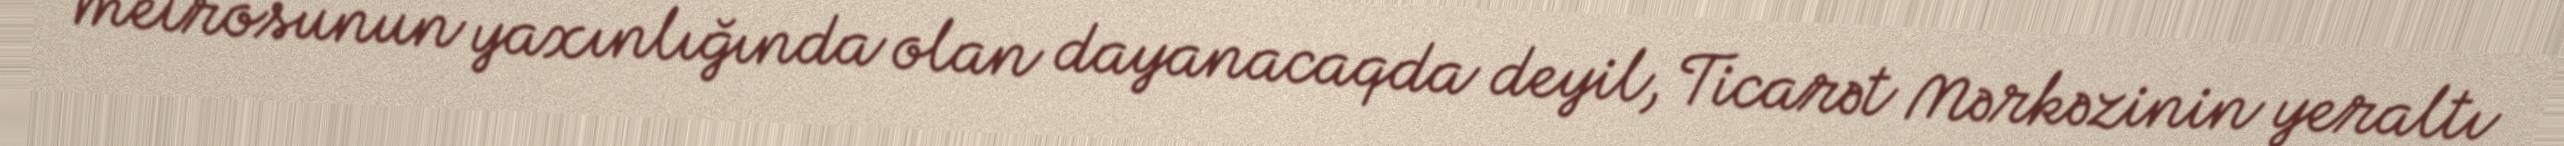
metrosunun yaxınlığında olan dayanacaqda deyil, Ticarət Mərkəzinin yeraltı